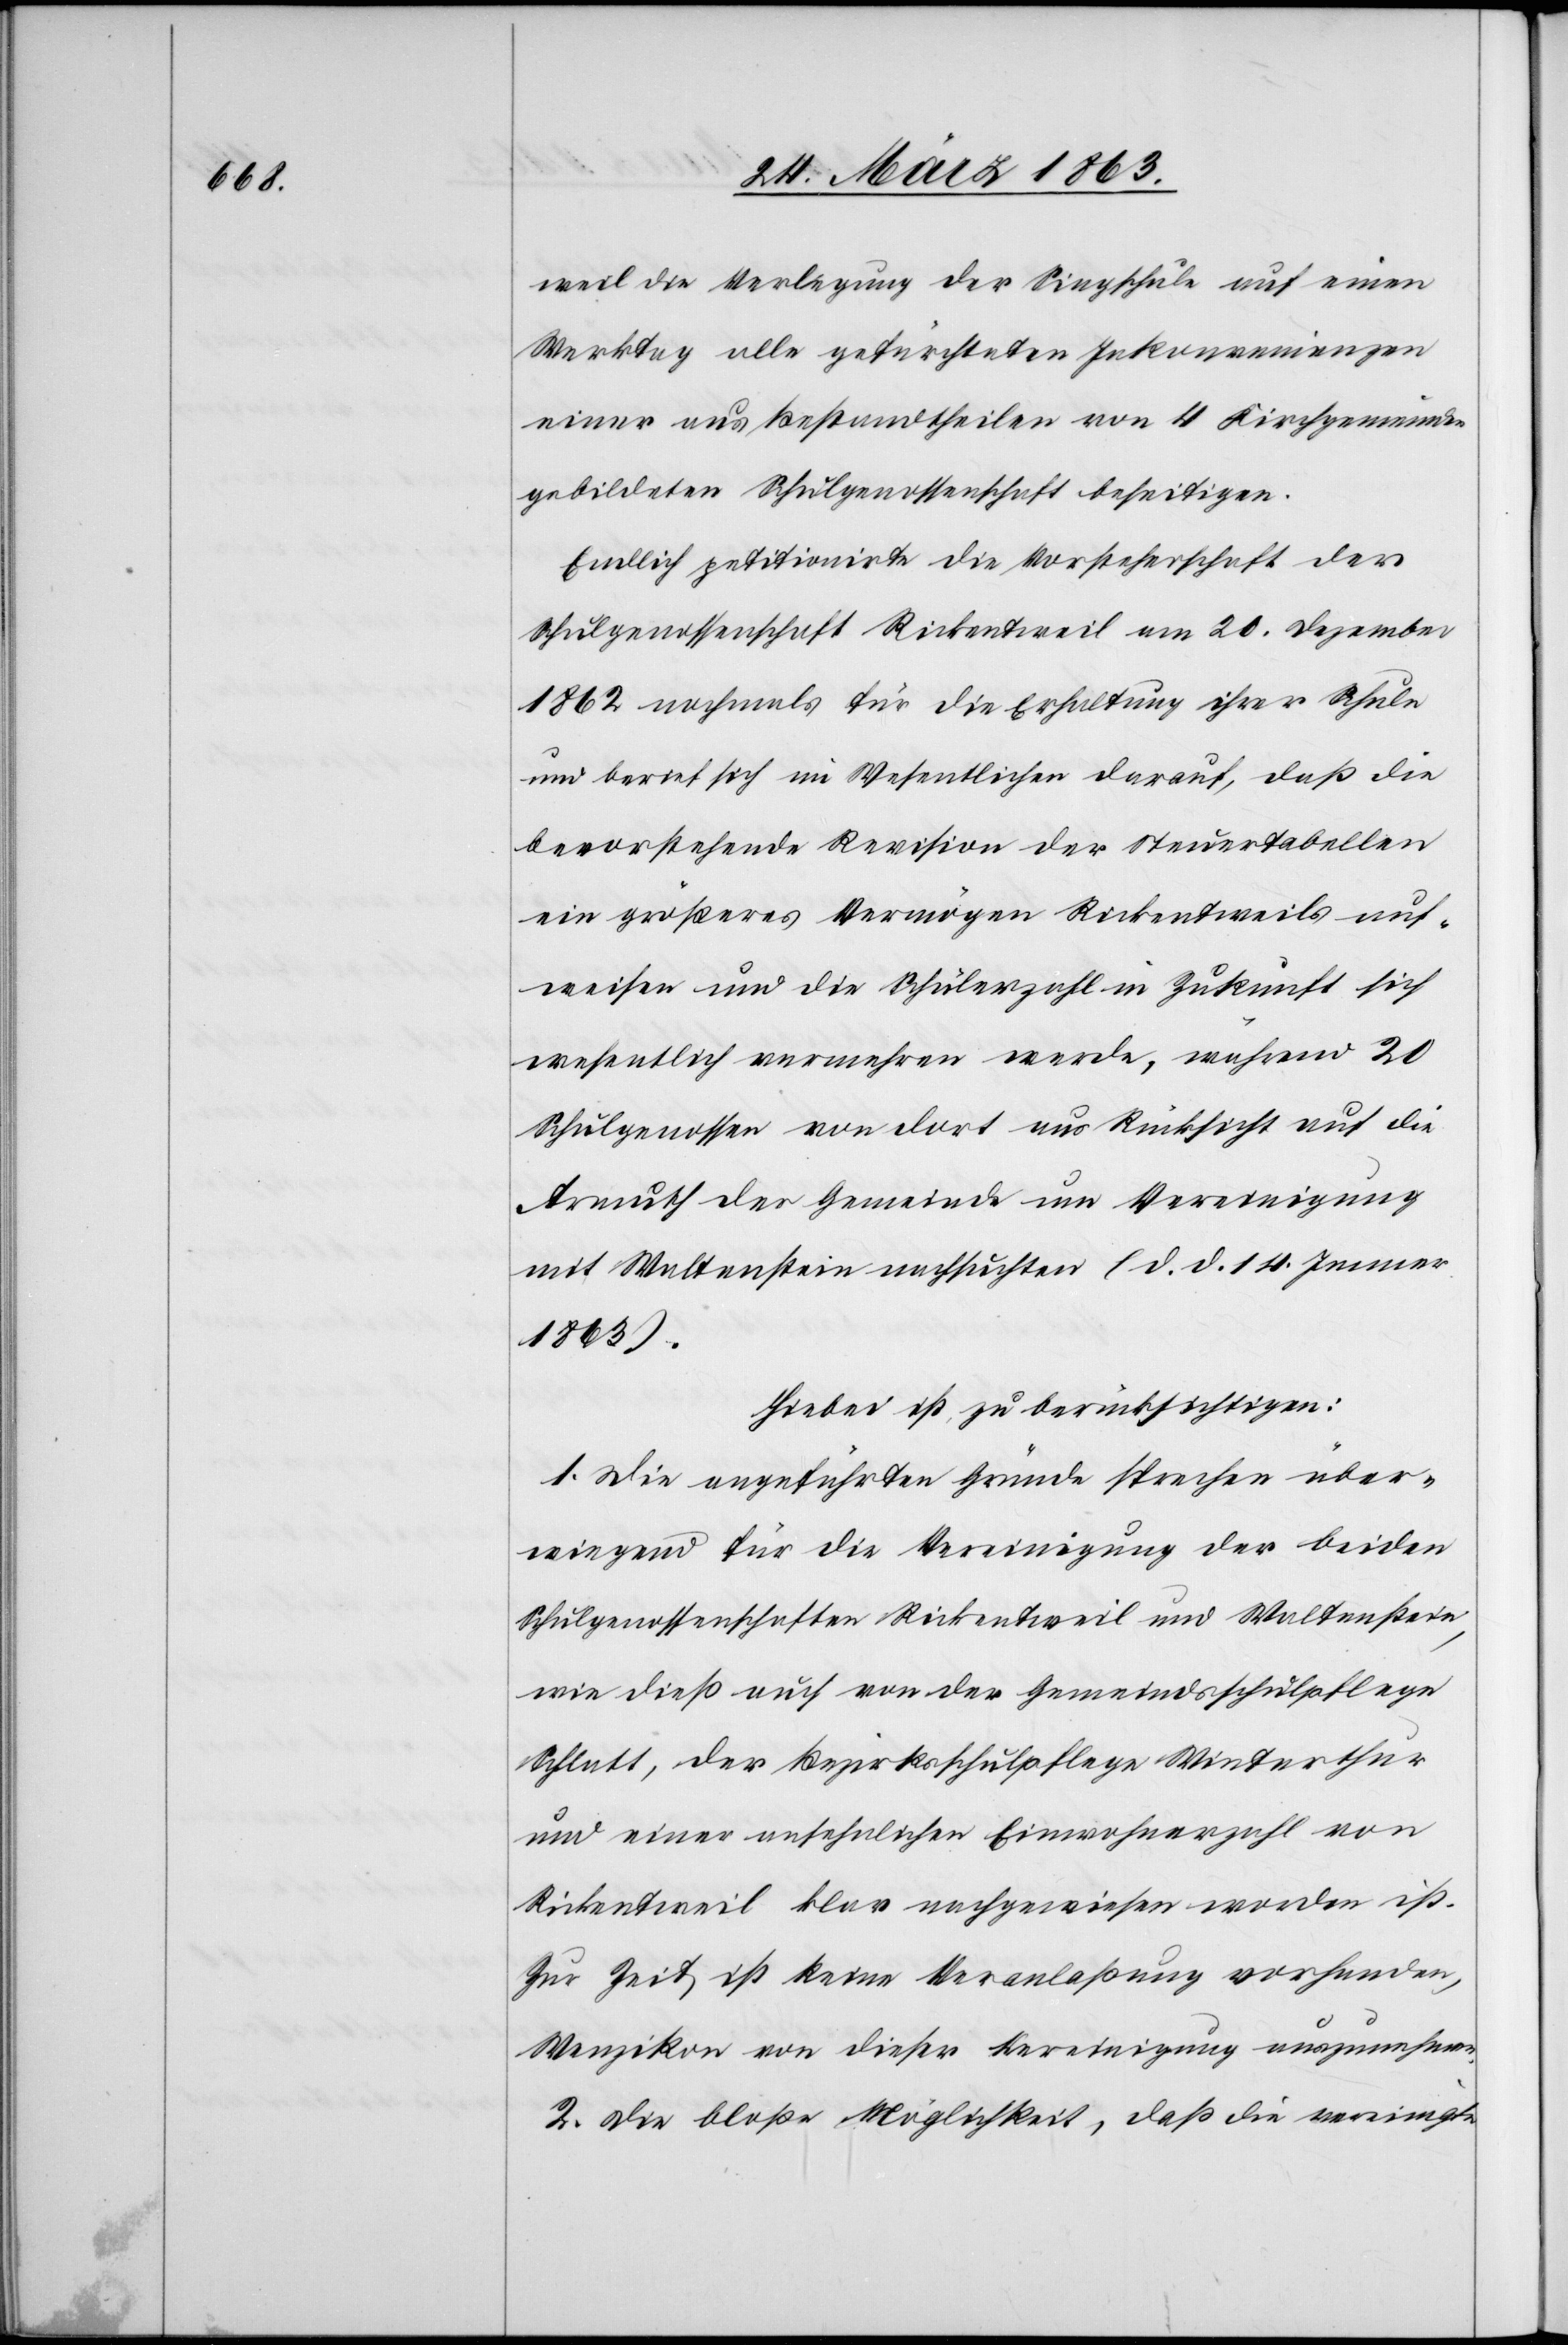
weil die Verlegung der Singschule auf einen
Werktag alle gefürchteten Inkonvenienzen
einer aus Bestandtheilen von 4 Kirchgemeinden
gebildeten Schulgenossenschaft beseitigen.
Endlich petitionirte die Vorsteherschaft der
Schulgenossenschaft Rickentweil am 20. Dezember
1862 nochmals für die Erhaltung ihrer Schule
und berief sich im Wesentlichen darauf, daß die
bevorstehende Revision der Steuertabellen
ein größeres Vermögen Rickentweils auf¬
weisen und die Schülerzahl in Zukunft sich
wesentlich vermehren werde, während 20
Schulgenossen von dort aus Rücksicht auf die
Armuth der Gemeinde um Vereinigung
mit Waltenstein nachsuchten (d. d. 14. Jenner
1863).
Hiebei ist zu berücksichtigen:
1. Die angeführten Gründe sprechen über¬
wiegend für die Vereinigung der beiden
Schulgenossenschaften Rickentweil und Waltenstein,
wie dieß auch von der Gemeindsschulpflege
Schlatt, der Bezirksschulpflege Winterthur
und einer ansehnlichen Einwohnerzahl von
Rickentweil klar nachgewiesen worden ist.
Zur Zeit ist keine Veranlaßung vorhanden,
Wenzikon von dieser Vereinigung auszunehmen.
2. Die bloße Möglichkeit, daß die vereinigte